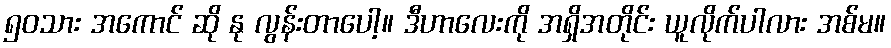
၅၀သား အကောင် ဆို နု လွန်းတာပေါ့။ ဒီဟာလေးကို အရှိအတိုင်း ယူလိုက်ပါလား အစ်မ။